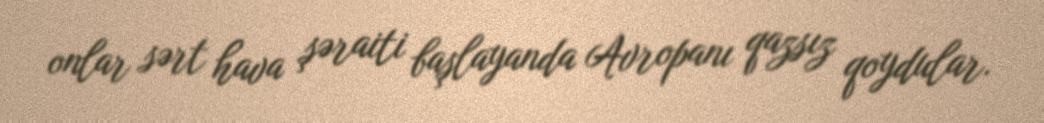
onlar sərt hava şəraiti başlayanda Avropanı qazsız qoydular.